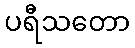
ပရီသတော